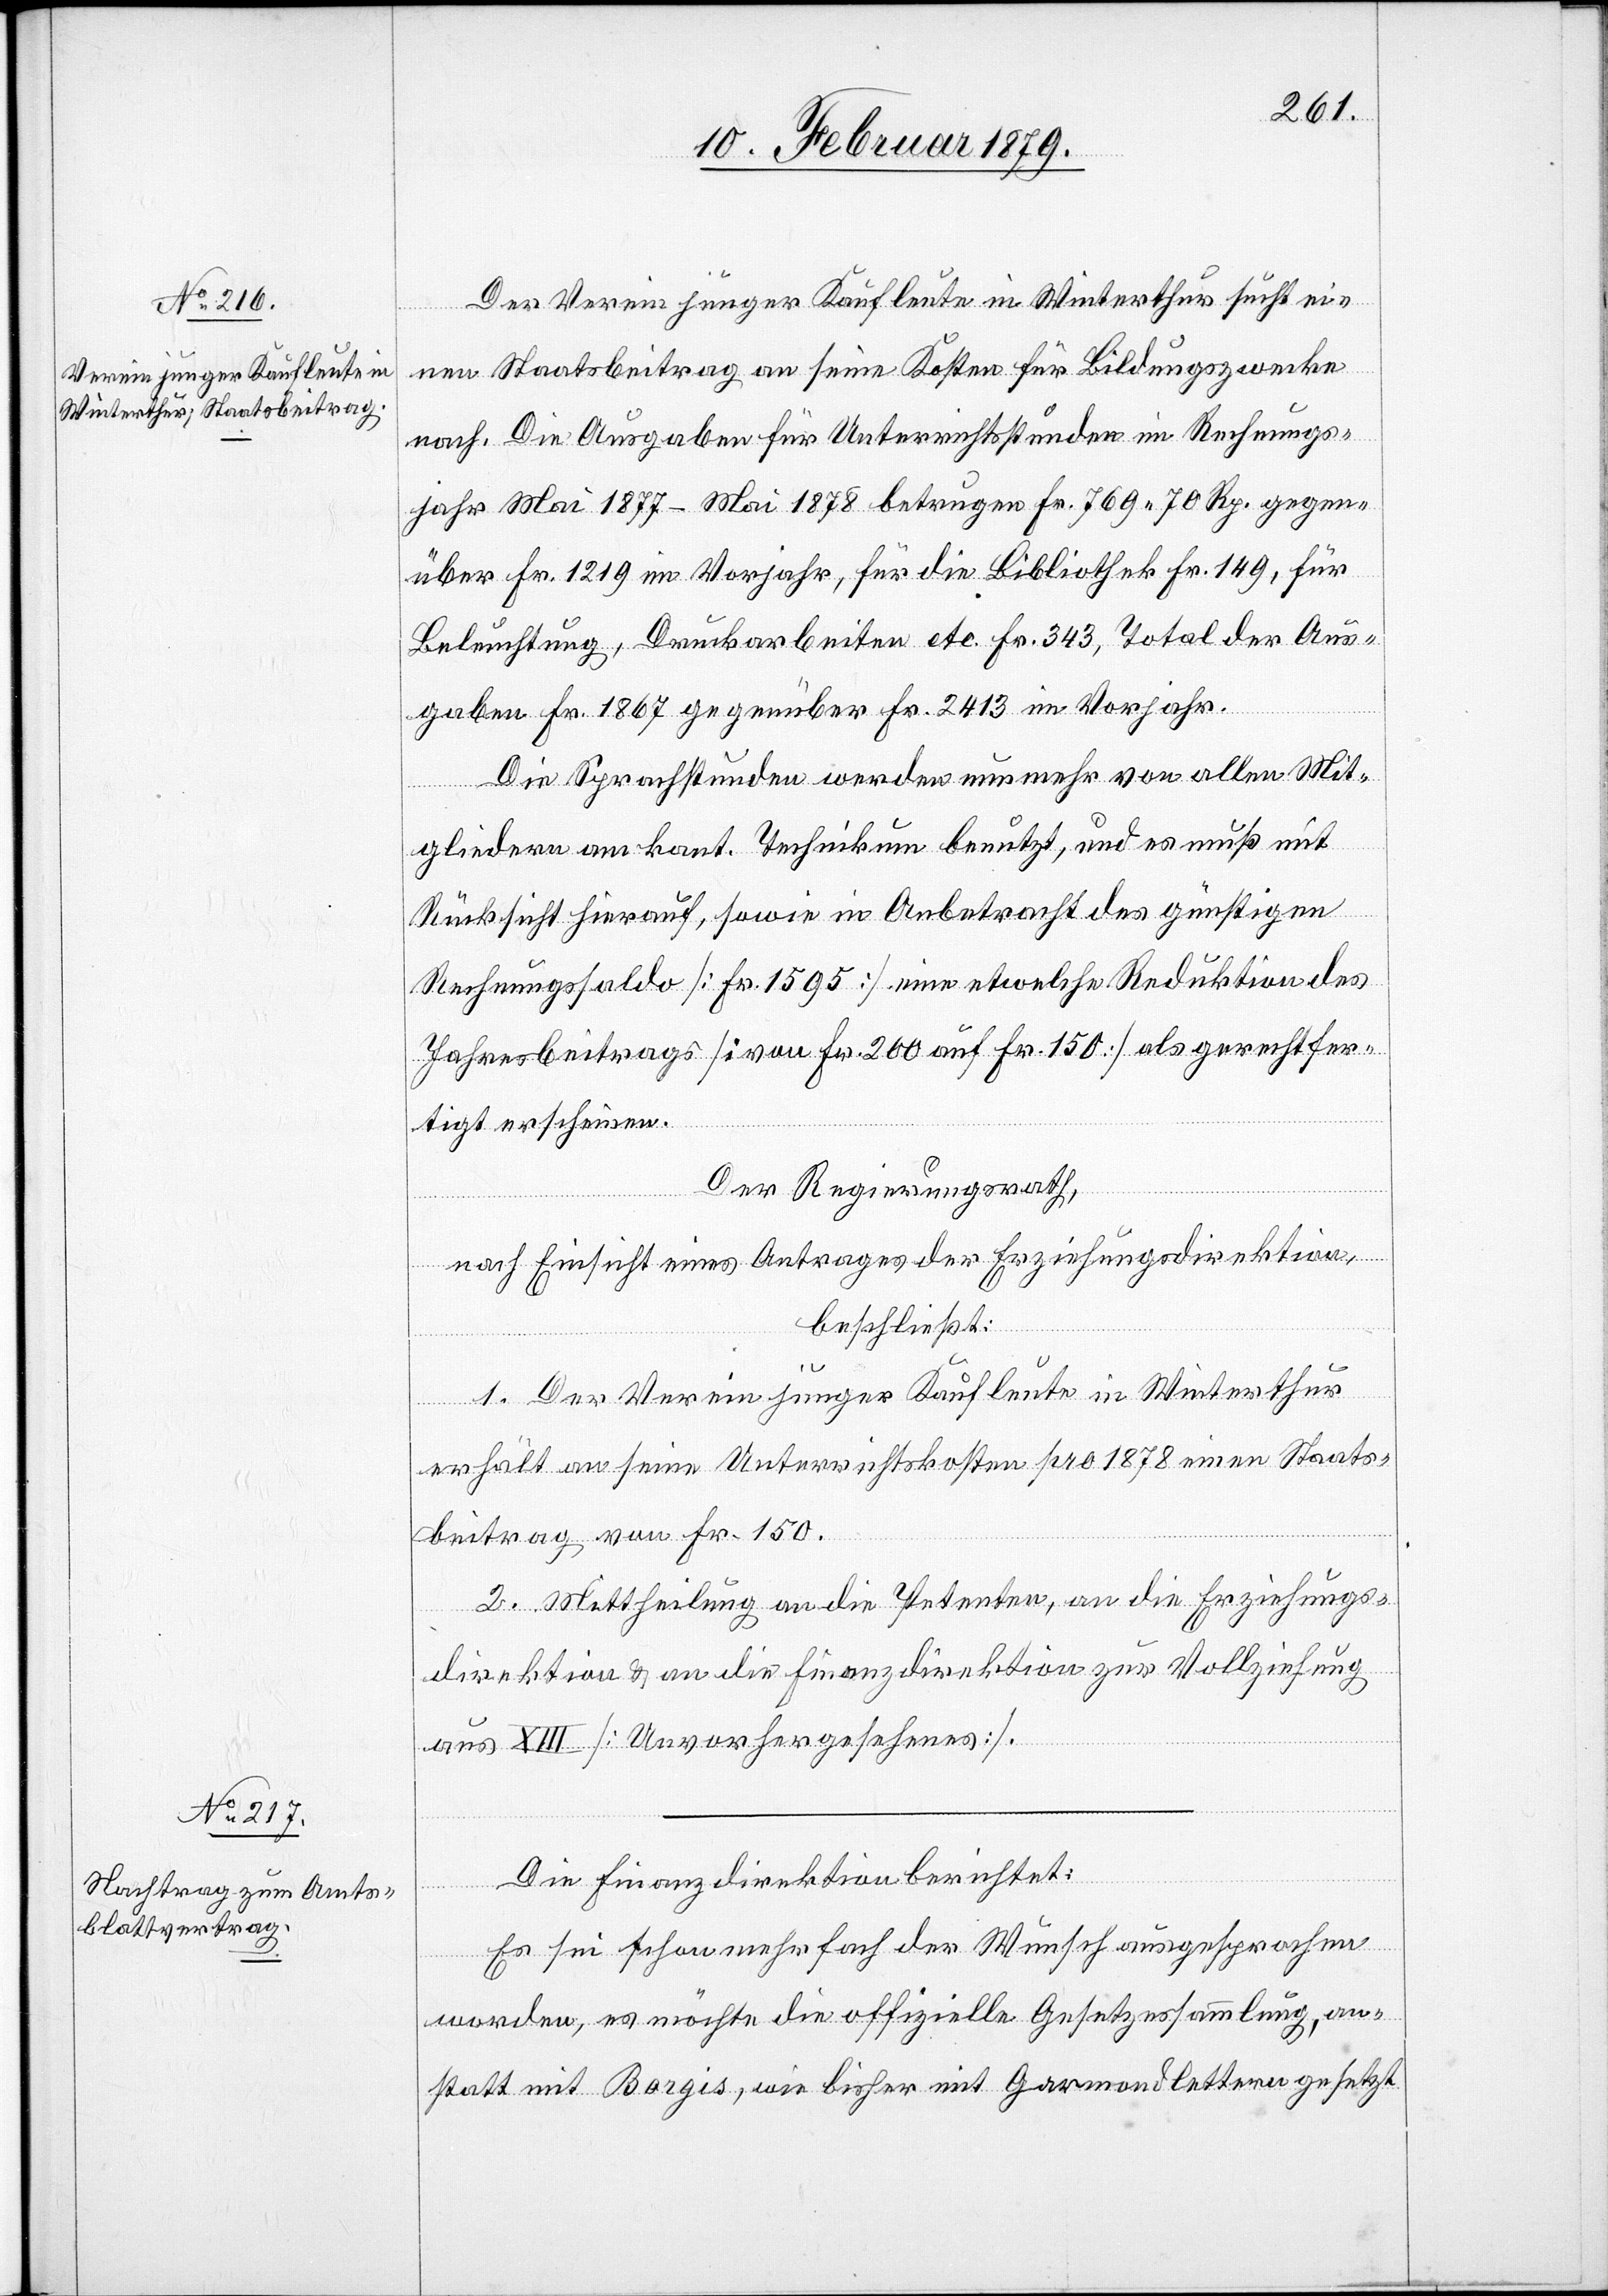
Der Verein junger Kaufleute in Winterthur sucht ei¬
nen Staatsbeitrag an seine Kosten für Bildungszwecke
nach. Die Ausgaben für Unterrichtsstunden im Rechnungs¬
jahr Mai 1877–Mai 1878 betrugen Fr. 769 70 Rp. gegen¬
über Fr. 1219 im Vorjahr, für die Bibliothek Fr. 149, für
Beleuchtung, Druckarbeiten etc. Fr 343, Total der Aus¬
gaben Fr. 1867 gegenüber Fr 2413 im Vorjahr.
Die Sprachstunden werden nunmehr von allen Mit¬
gliedern am kant. Technikum benutzt, und es muß mit
Rücksicht hierauf, sowie in Anbetracht des günstigen
Rechnungssaldo [Fr. 1595] eine etwelche Reduktion des
Jahresbeitrags [von Fr. 200 auf Fr. 150] als gerechtfer¬
tigt erscheinen.
Der Regierungsrath,
nach Einsicht eines Antrages der Erziehungsdirektion,
beschließt:
1. Der Verein junger Kaufleute in Winterthur
erhält an seine Unterrichtskosten pro 1878 einen Staats¬
beitrag von Fr. 150.
2. Mittheilung an die Petenten, an die Erziehungs¬
direktion & an die Finanzdirektion zur Vollziehung
aus XIII [Unvorhergesehenes].
Die Finanzdirektion berichtet:
Es sei schon mehrfach der Wunsch ausgesprochen
worden, es möchte die offizielle Gesetzessammlung, an¬
statt mit Borgis, wie bisher mit Garmondlettern gesetzt